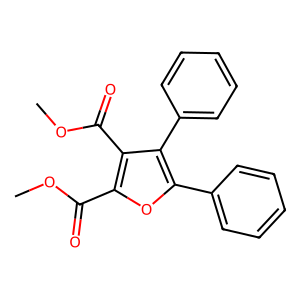
SMILES: COC(=O)c1oc(-c2ccccc2)c(-c2ccccc2)c1C(=O)OC
Inhibits HIV replication: No